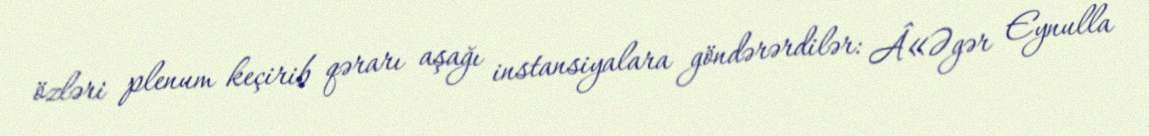
özləri plenum keçirib qərarı aşağı instansiyalara göndərərdilər: Â«Əgər Eynulla